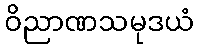
ဝိညာဏသမုဒယံ